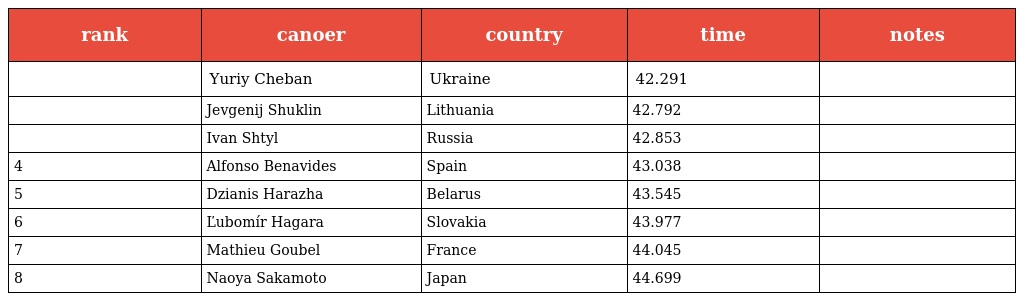
| rank | canoer | country | time | notes |
 | --- | --- | --- | --- | --- |
 |  | Yuriy Cheban | Ukraine | 42.291 |  |
 |  | Jevgenij Shuklin | Lithuania | 42.792 |  |
 |  | Ivan Shtyl | Russia | 42.853 |  |
 | 4 | Alfonso Benavides | Spain | 43.038 |  |
 | 5 | Dzianis Harazha | Belarus | 43.545 |  |
 | 6 | Ľubomír Hagara | Slovakia | 43.977 |  |
 | 7 | Mathieu Goubel | France | 44.045 |  |
 | 8 | Naoya Sakamoto | Japan | 44.699 |  |